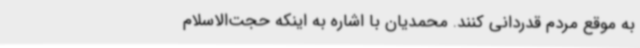
به موقع مردم قدردانی کنند. محمدیان با اشاره به اینکه حجت‌الاسلام